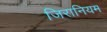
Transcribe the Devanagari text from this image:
जिरानियम